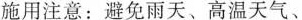
施用注意：避免雨天、高温天气、